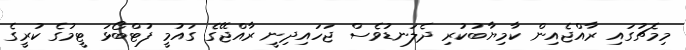
މިމެޗުގައި ރާއްޖެއިން ކާމިޔާބުކުރި ދެލަނޑުވެސް ޖަހައިދިނީ ރާއްޖޭގެ ގައުމީ ފުޓްބޯޅަ ޓީމުގެ ކުރީގެ